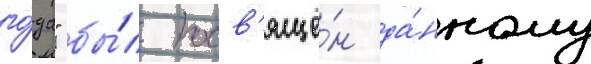
го́да" бы́л посв'ящё́н да́нному